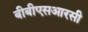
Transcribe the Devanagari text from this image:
बीबीएसआरसी